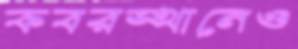
কবরস্থানেও